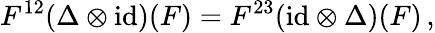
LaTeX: F^{12}(\Delta\otimes\mathrm{id})(F)=F^{23}(\mathrm{id}\otimes\Delta)(F)\, ,